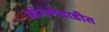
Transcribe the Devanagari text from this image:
आंगणेवाडीत